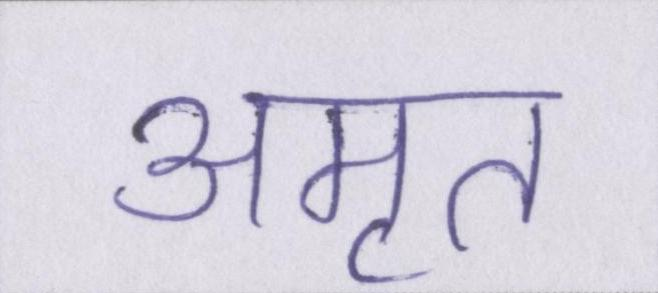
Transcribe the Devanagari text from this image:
अमृत